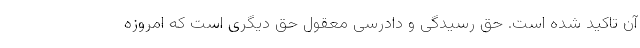
آن تاکید شده است. حق رسیدگی و دادرسی معقول حق دیگری است که امروزه